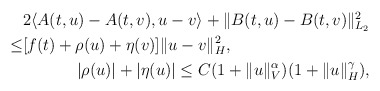
\begin{align*} \begin{aligned}& 2 \langle A(t,u)-A(t,v), u-v \rangle + \Vert B(t,u)-B(t,v)\Vert_{L_2}^2 \\\leq & [f(t)+ \rho(u)+\eta(v) ] \Vert u-v\Vert_{H}^2 , \\\end{aligned}\\ |\rho(u)|+|\eta(u)| \leq C (1+ \Vert u\Vert_V^{\alpha} )(1+\Vert u\Vert_H^{\gamma}),\end{align*}